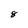
Character: 8